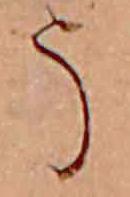
う